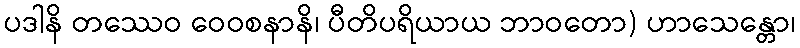
ပဒါနိ တဿေဝ ဝေဝစနာနိ၊ ပီတိပရိယာယ ဘာဝတော) ဟာသေန္တော၊